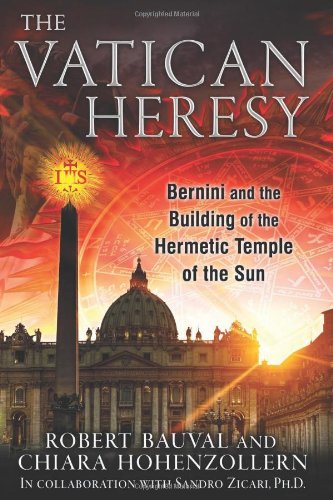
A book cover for The Vatican Heresy: Bernini and the Building of the Hermetic Temple of the Sun; Robert Bauval; Religion & Spirituality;